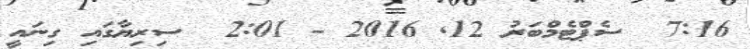
7:16  ސެޕްޓެމްބަރު 12